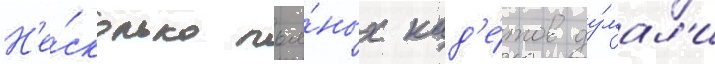
Н'е́сколько пья́ных кад'е́тов ду́мал'и